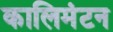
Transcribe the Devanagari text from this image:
कालिमंटन